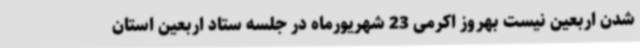
شدن اربعین نیست بهروز اکرمی 23 شهریورماه در جلسه ستاد اربعین استان